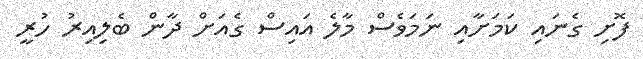
ފޮށި ގެނައި ކަމަށާއި ނަމަވެސް މާލެ އައިސް ގެއަށް ދާން ބެލިއިރު ހުރީ